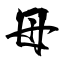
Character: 母